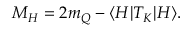
M _ { H } = 2 m _ { Q } - \langle H \vert T _ { K } \vert H \rangle .